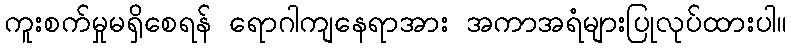
ကူးစက်မှုမရှိစေရန် ရောဂါကျနေရာအား အကာအရံများပြုလုပ်ထားပါ။